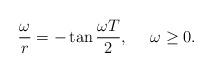
LaTeX: \begin{align*} \frac{\omega}{r}=-\tan\frac{\omega T}{2}, \ \ \ \ \omega \ge 0.\end{align*}